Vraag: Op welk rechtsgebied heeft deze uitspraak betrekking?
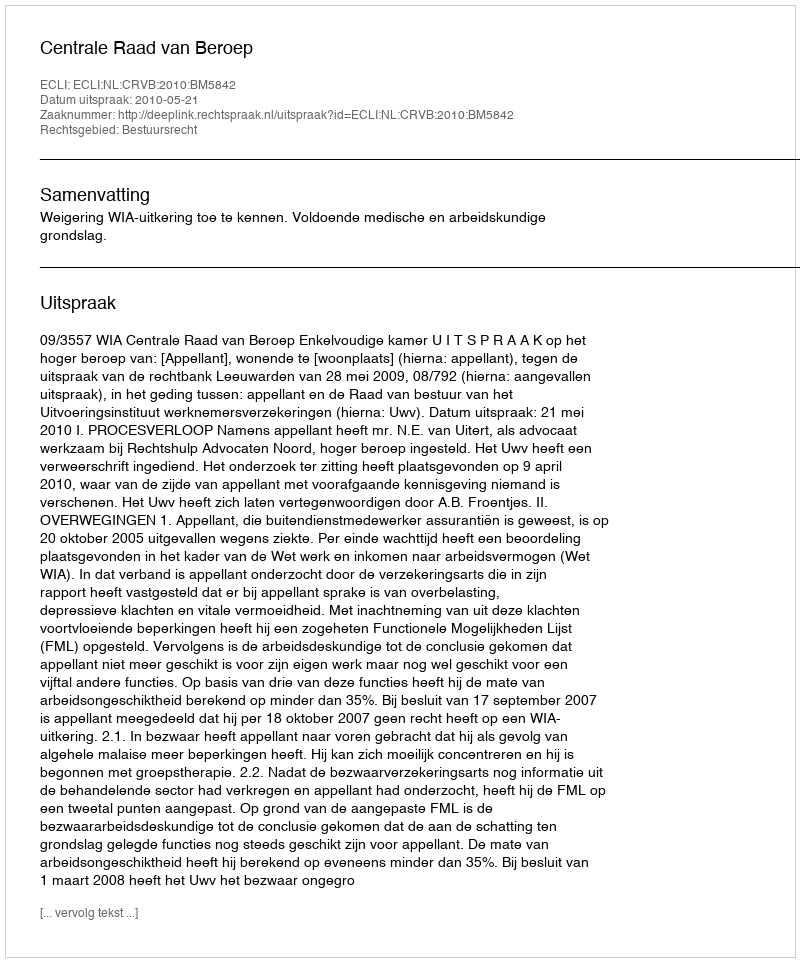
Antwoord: Bestuursrecht